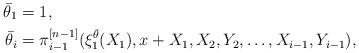
LaTeX: \begin{align*}\bar \theta_1&=1,\\\bar \theta_i&=\pi^{[n-1]}_{i-1}(\xi^{\bar \theta}_1(X_1),x+X_1,X_2,Y_2,\dots,X_{i-1},Y_{i-1}), \end{align*}